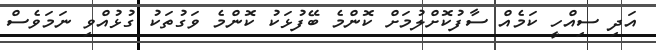
އަދި ސިއްހީ ކަމެއް ސާފުކޮށްލުމަށް ކޮންމެ ބޭފުޅަކު ކޮންމެ ވަގުތަކު ގުޅުއްވި ނަމަވެސް